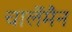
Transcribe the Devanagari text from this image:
चार्लेमैन